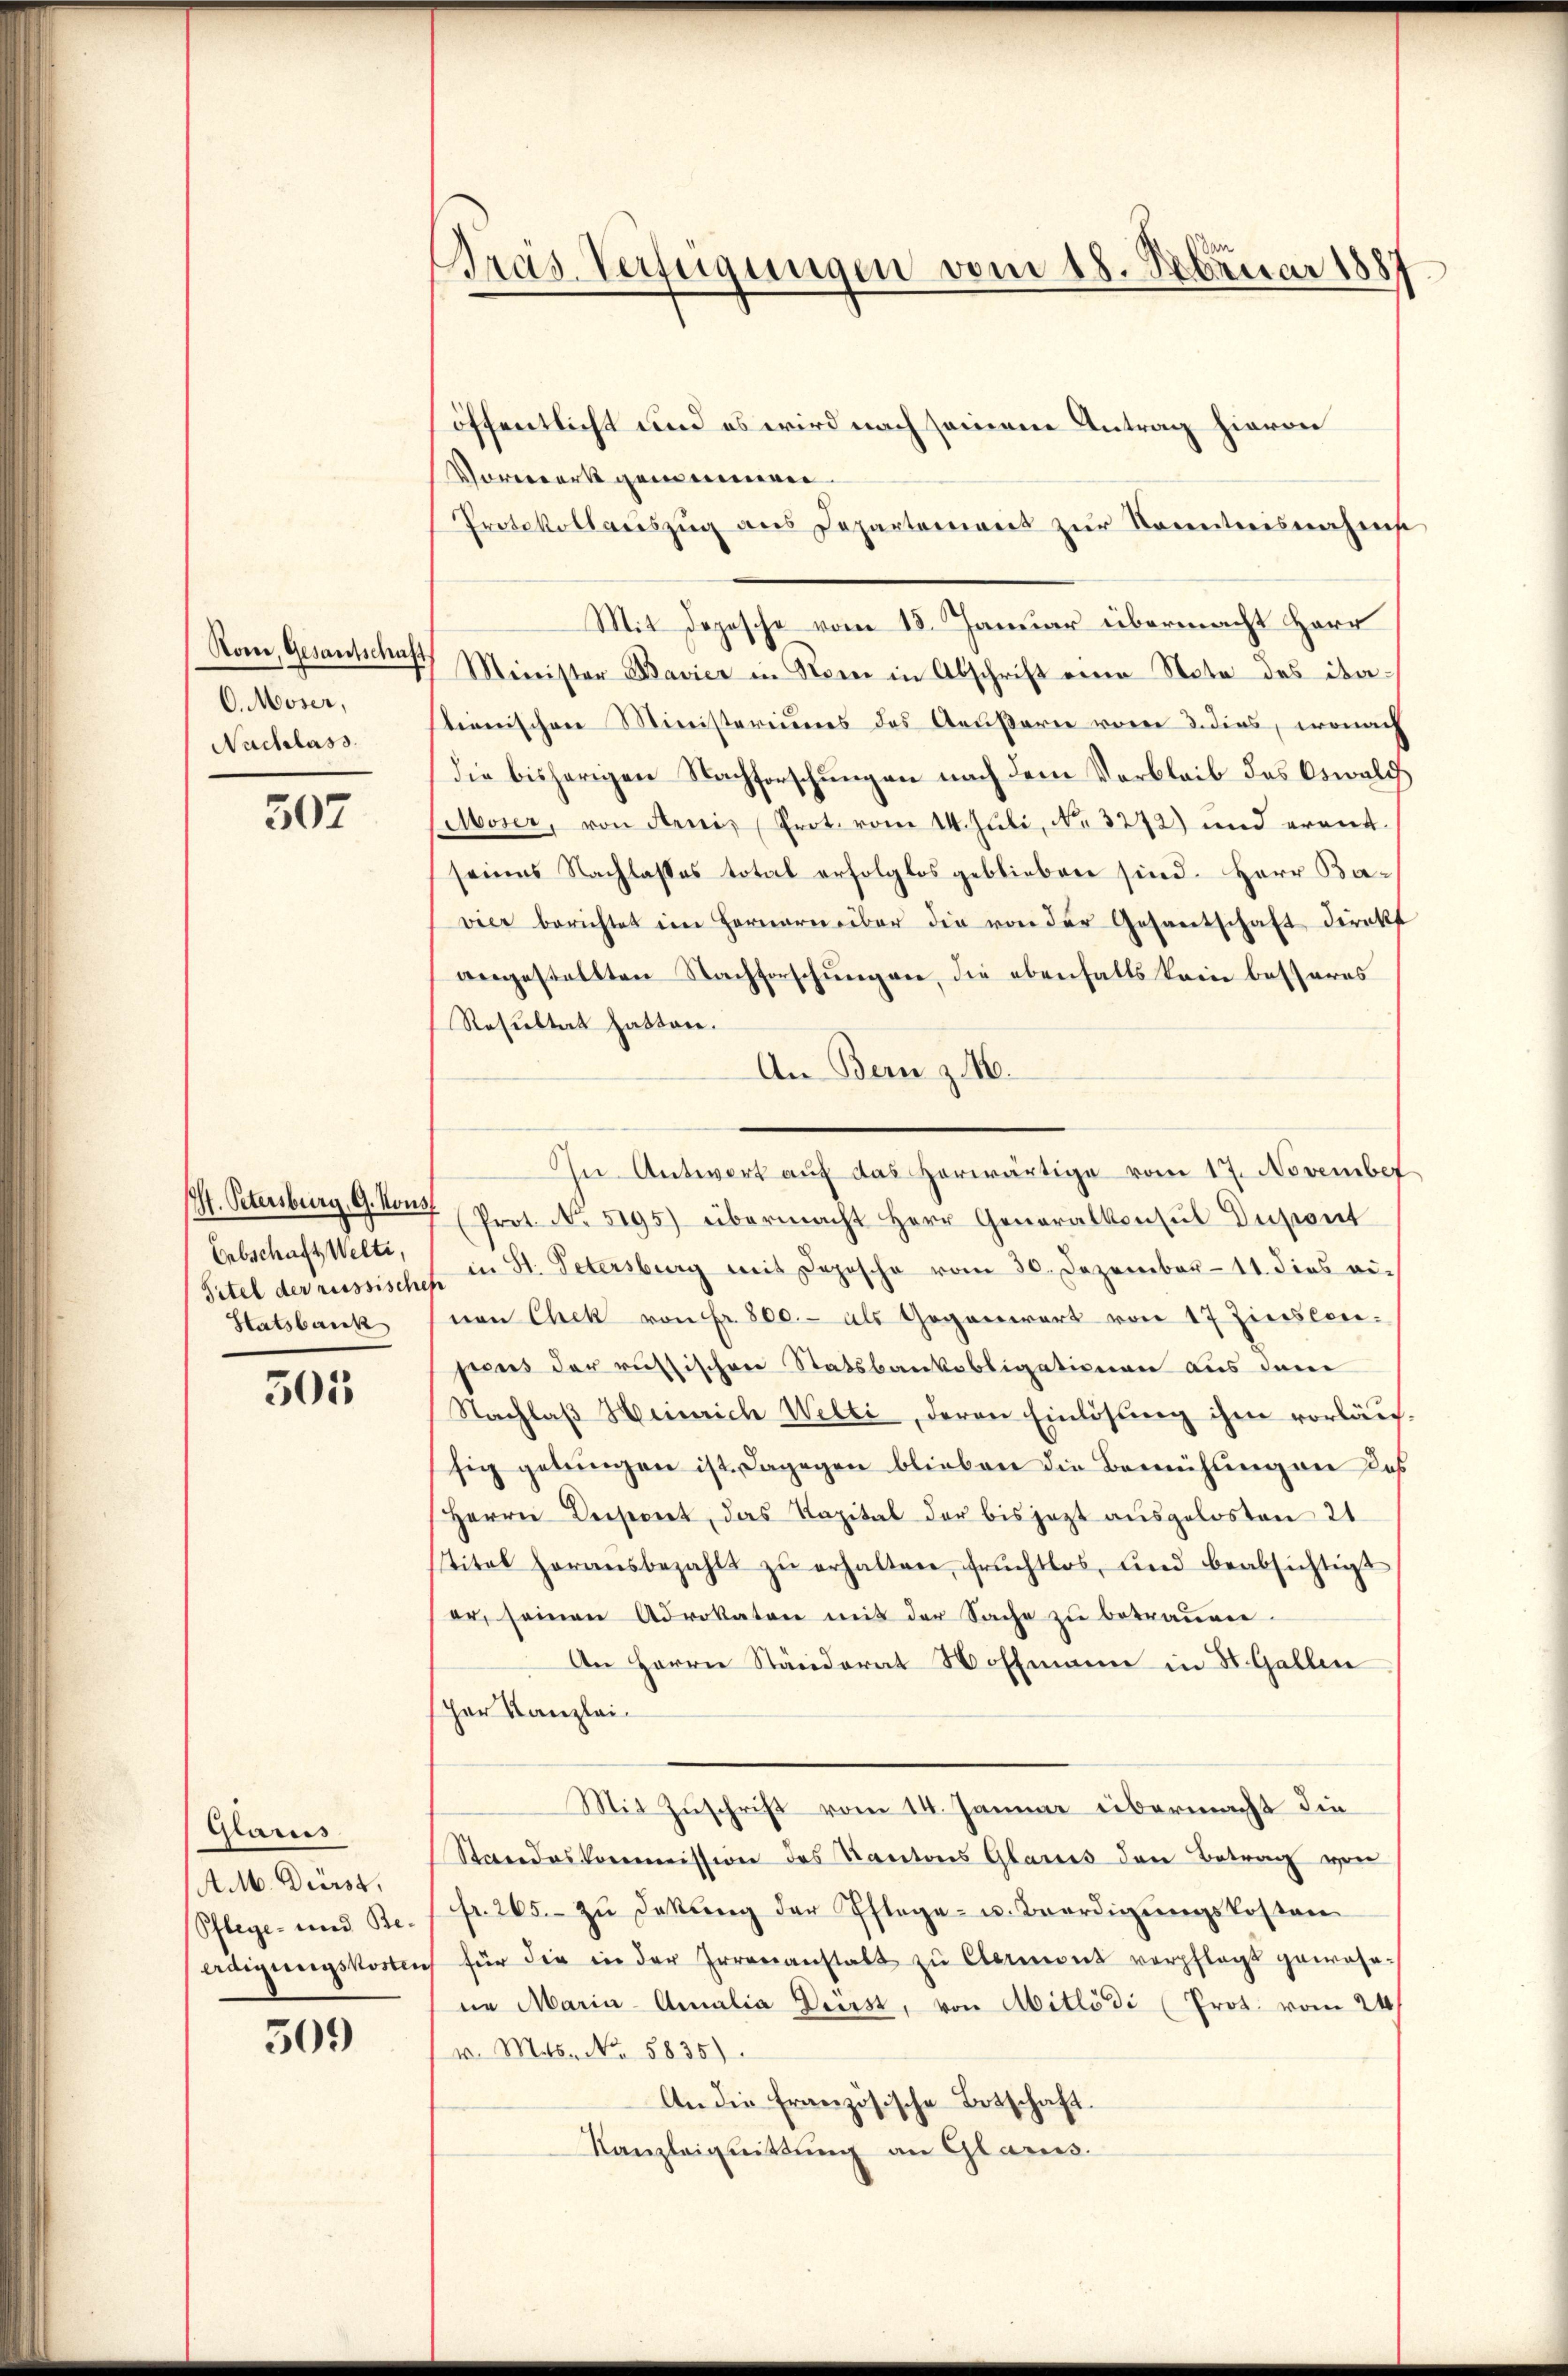
Rom, Gesantschaft
O. Moser,
Nachlass

507

I. Petersburg, G. Kons
Erbschaft Welti,
Titel der russischer
Statsbark

301

Glarus.
A . Dürst.
Pflege- und Beerdigungskostei

509

Präs. Verfügungen vom 18. Februar 1887

öffentlicht und es wird nach seinem Antrag hievon
Vorwerk gemeineren
Protokollaŭszŭg ans Departement zŭr Kenntnisnahmse
Mit Depesche vom 13. Januar übermacht Herr
Minister Bavier in Store in Abschrift eine Note des ita-
stienischen Ministeriums des Aeußarie vom 3. dies, wonach
die bisherigen Nachforschungen nach dem Verbleib des Oswalch
Moser, von Kreis Prot. vom 14. Juli, No. 3272) und erantseines Nachlasses total erfolglos geblieben sind. Herr Bavier berichtet ein Hernarn über die von der Gesantschaft direkt
angestellten Nachforschŭngen, die ebenfalls kein besseres
Resultat hatten.
An Bern z.
In Antwort aŭf das herwärtige vom 17. November
Prot. N. 5195) übermacht Herr Generalkonsŭl Dupont
in St. Petersburg mit Dopische vom 30. Dezember 11. dies ei-
nen Chek von Fr. 800.- als Gegenwart von 17 Zinslonpreis der russischen Statsbankobligationen aus dem
Nachlaß Heinrich Welti, deren Einlösung ihm vorläufsig gebringen ist. Dagegen blieben die Bemühung an des
Herrn Dersernet, das Kapital der bis jezt ausgelosten 21
stitel herausbezahlt zŭ erhalten, fruchtlos, und beabsichtigt
er, seinen Advokaten mit der Sache zu betrauen.
An Herrn Ständerat Hoffmann in St. Gallen
sher Kanzlei¬
Mit Zuschrift vom 14. Januar übermacht die
Standeskommission des Kantons Glarus den Betrag von
fr. 265.- zŭ dekŭng der Pflege- u. Beerdigŭngskosten
für die in der Errenanstalt zu Clement verpflegt gewohn-
in Maria Amalia Dierst, von Mitlödi (Prot. vom 24.
v. Mts. No. 5835).
An die französische Botschaft.
Kanzleignittung an Glarus.